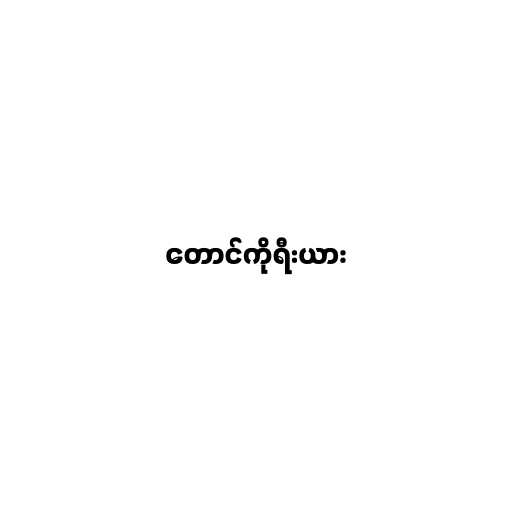
တောင်ကိုရီးယား